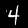
Label: 4